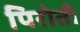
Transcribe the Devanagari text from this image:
पिरोती